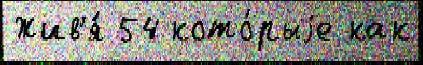
Жив'я́ 54 кото́рыjе как